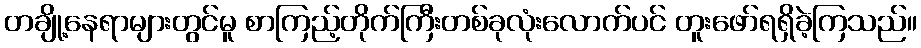
တချို့နေရာများတွင်မူ စာကြည့်တိုက်ကြီးတစ်ခုလုံးလောက်ပင် တူးဖော်ရရှိခဲ့ကြသည်။